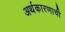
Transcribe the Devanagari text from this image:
अर्थकारणाची